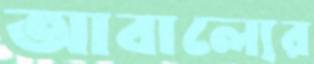
আবাল্যের